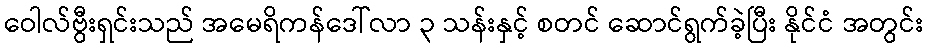
ဝေါလ်ဗွီးရှင်းသည် အမေရိကန်ဒေါ်လာ ၃ သန်းနှင့် စတင် ဆောင်ရွက်ခဲ့ပြီး နိုင်ငံ အတွင်း